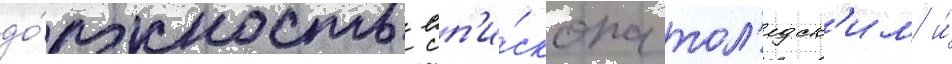
до́лжность еп'и́скопа тол'едск'им и́